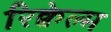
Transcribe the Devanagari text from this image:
रिक्वेल्म